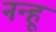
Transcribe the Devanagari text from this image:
नन्हू